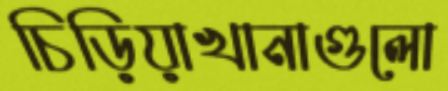
চিড়িয়াখানাগুলো